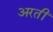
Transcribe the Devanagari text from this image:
अरतीं